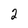
Character: 2